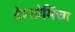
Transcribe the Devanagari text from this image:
देशप्रेमिंचा